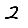
Digit: 2